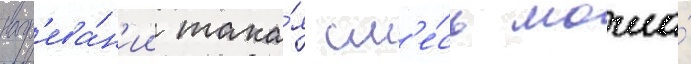
нагр'ева́н'ии така́я см'е́сь могла́